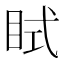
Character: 𥅞